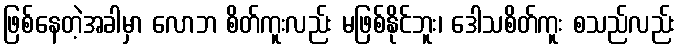
ဖြစ်နေတဲ့အခါမှာ လောဘ စိတ်ကူးလည်း မဖြစ်နိုင်ဘူး၊ ဒေါသစိတ်ကူး စသည်လည်း